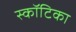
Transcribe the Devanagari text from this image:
स्कॉटिका